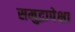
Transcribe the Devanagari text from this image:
समुद्रापेक्षा